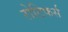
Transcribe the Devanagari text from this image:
रोटिफर्स